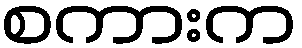
စကားက